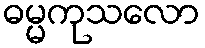
ဓမ္မကုသလော